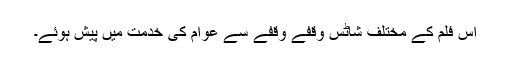
اس فلم کے مختلف شاٹس وقفے وقفے سے عوام کی خدمت میں پیش ہوئے۔